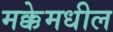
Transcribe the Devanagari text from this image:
मक्केमधील